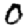
Digit: 0